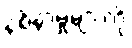
နစ်နာမှုများကို